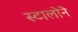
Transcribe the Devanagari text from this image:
स्टालोने